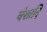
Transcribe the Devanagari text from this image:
वंशादि